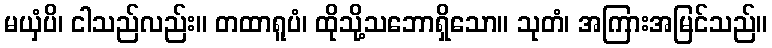
မယှံပိ၊ ငါသည်လည်း။ တထာရူပံ၊ ထိုသို့သဘောရှိသော။ သုတံ၊ အကြားအမြင်သည်။